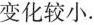
变化较小。